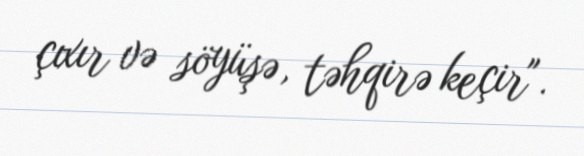
çıxır və söyüşə, təhqirə keçir".